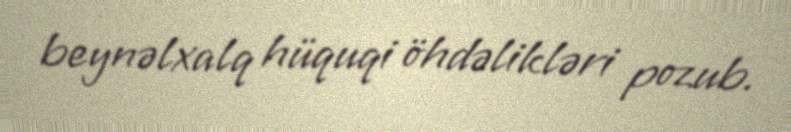
beynəlxalq hüquqi öhdəlikləri pozub.